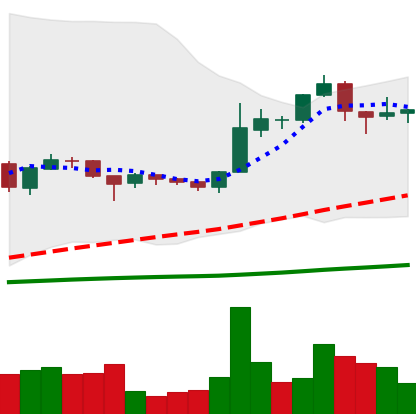
Ticker: BTC-USD
Chart end date: 2015-12-04
Forward return: 14.973%
Label: up_7plus